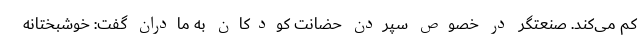
کم می‌کند. صنعتگر در خصوص سپردن حضانت کودکان به مادران گفت: خوشبختانه